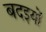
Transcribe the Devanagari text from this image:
बदइयों